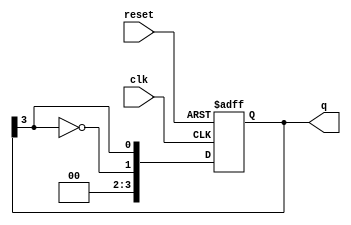
module johnson_counter #(
    parameter N = 4  // Number of flip-flops
)(
    input wire clk,       // Clock input
    input wire reset,     // Asynchronous reset
    output reg [N-1:0] q  // Counter output
);

// Always block for the Johnson counter operation
always @(posedge clk or posedge reset) begin
    if (reset) begin
        q <= 0;  // Reset counter to 0
    end else begin
        q <= {~q[N-1], q[N-1:N-1]};  // Shift and feedback inverted last output
    end
end

endmodule